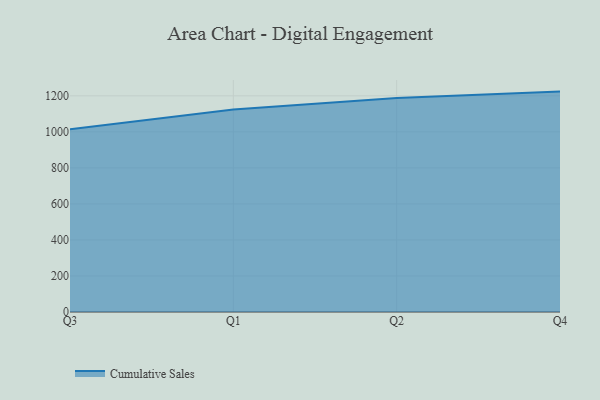
{"axis": {"x": "Quarter", "y": "Temperature (°C)"}, "legend": ["Cumulative Sales"], "data": [{"x": "Q3", "y": 1013.9, "type": "Cumulative Sales"}, {"x": "Q1", "y": 1123.7, "type": "Cumulative Sales"}, {"x": "Q2", "y": 1187.4, "type": "Cumulative Sales"}, {"x": "Q4", "y": 1223.6, "type": "Cumulative Sales"}]}